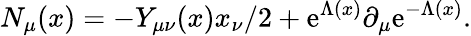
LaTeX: N_{\mu}(x)=-Y_{\mu\nu}(x)x_{\nu}/2+\mathrm{e}^{\Lambda(x)}\partial_{\mu}\mathrm{e}^{-\Lambda(x)}.